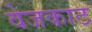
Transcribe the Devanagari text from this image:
वेजकाठ